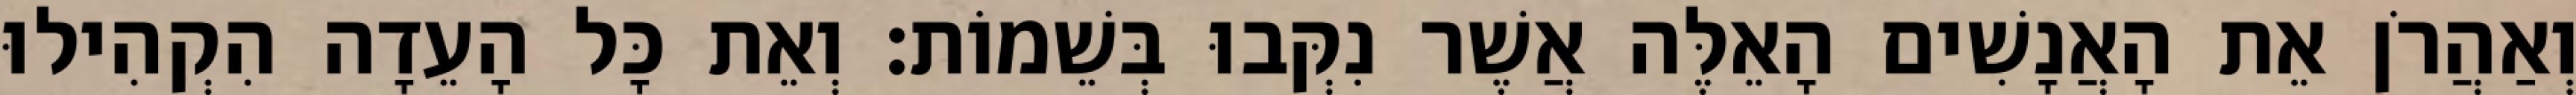
וְאַהֲרֹן אֵת הָאֲנָשִׁים הָאֵלֶּה אֲשֶׁר נִקְּבוּ בְּשֵׁמוֹת׃ וְאֵת כָּל הָעֵדָה הִקְהִילוּ